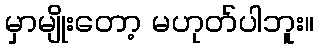
မှာမျိုးတော့ မဟုတ်ပါဘူး။